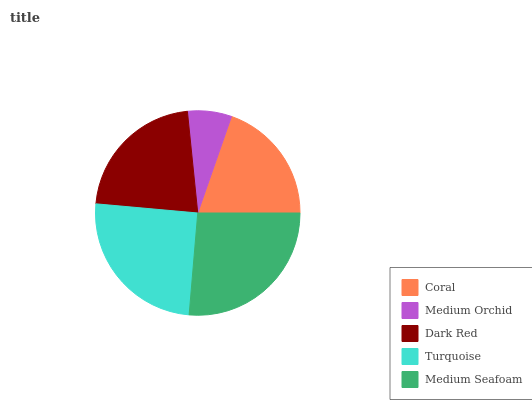
| Coral | Medium Orchid | Dark Red | Turquoise | Medium Seafoam |
 | --- | --- | --- | --- | --- |
 | 19.6% | 6.95% | 22% | 25.1% | 26.4% |